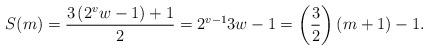
LaTeX: \begin{align*}S(m) = \frac{3\left( 2^vw -1\right) + 1}{2} = 2^{v-1} 3w-1 = \left( \frac{3}{2}\right) (m+1) - 1.\end{align*}